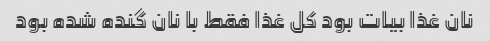
نان غذا بیات بود کل غذا فقط با نان گنده شده بود